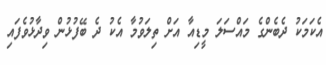
އެކަމަކު ދެބެންގެ މައްސަލަ މީޑިއާ އަށް ތިލަވުމާ އެކު ދެ ބޭފުޅުން ވިދާޅުވެފައި